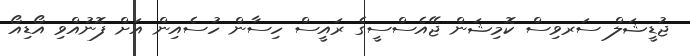
ޖުޑީޝަލް ސަރވިސް ކޮމިޝަން ޖޭއެސްސީގެ ރައީސް ހިސާން ހުސެއިން އަށް ފޮނުއްވި އޯޑިއޯ